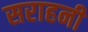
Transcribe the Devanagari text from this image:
सराहनी